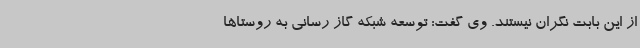
از این بابت نگران نیستند. وی گفت: توسعه شبکه گاز رسانی به روستاها